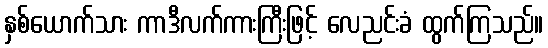
နှစ်ယောက်သား ကာဒီလက်ကားကြီးဖြင့် လေညင်းခံ ထွက်ကြသည်။